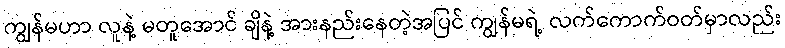
ကျွန်မဟာ လူနဲ့ မတူအောင် ချိနဲ့ အားနည်းနေတဲ့အပြင် ကျွန်မရဲ့ လက်ကောက်ဝတ်မှာလည်း